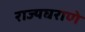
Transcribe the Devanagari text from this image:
राज्यघराणे